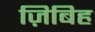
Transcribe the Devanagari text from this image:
ज़िबिह